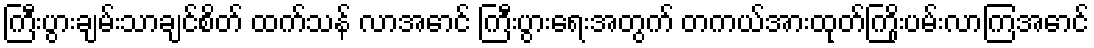
ကြီးပွားချမ်းသာချင်စိတ် ထက်သန် လာအောင် ကြီးပွားရေးအတွက် တကယ်အားထုတ်ကြိုးပမ်းလာကြအောင်